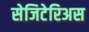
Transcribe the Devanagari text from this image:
सेजिटेरिअस